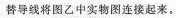
替导线将图乙中实物图连接起来。